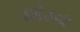
છોડવા